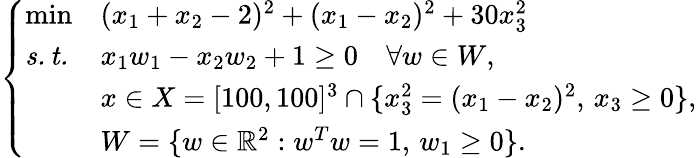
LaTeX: \left\{ \begin{array}{lll}{\operatorname*{min}}&{(x_{1}+x_{2}-2)^{2}+(x_{1}-x_{2})^{2}+30x_{3}^{2}}\\ {\mathit{s.t.}}&{x_{1}w_{1}-x_{2}w_{2}+1\geq 0\quad\forall w\in W,}\\ &{x\in X=[100,100]^{3}\cap\{ x_{3}^{2}=(x_{1}-x_{2})^{2},\, x_{3}\geq 0\} ,}\\ &{W=\{ w\in\mathbb{R}^{2}:w^{T}w=1,\, w_{1}\geq 0\} .}\end{array}\right.